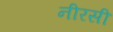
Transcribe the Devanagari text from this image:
नीरसी